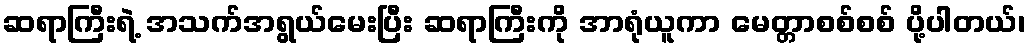
ဆရာကြီးရဲ့ အသက်အရွယ်မေးပြီး ဆရာကြီးကို အာရုံယူကာ မေတ္တာစစ်စစ် ပို့ပါတယ်၊